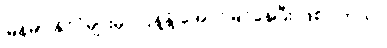
မြန်မာ နိုင်ငံများမှာ ပြန့်နှံ့ အောင်မြင်နေပြီး ဖြစ်ပါတယ်။